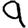
Digit: 9